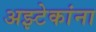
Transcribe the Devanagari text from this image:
अझ्टेकांना